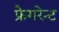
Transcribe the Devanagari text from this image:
फ्रेगरेन्ट